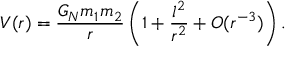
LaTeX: V ( r ) = \frac { G _ { N } m _ { 1 } m _ { 2 } } { r } \left( 1 + \frac { l ^ { 2 } } { r ^ { 2 } } + O ( r ^ { - 3 } ) \right) .